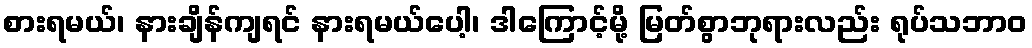
စားရမယ်၊ နားချိန်ကျရင် နားရမယ်ပေါ့၊ ဒါကြောင့်မို့ မြတ်စွာဘုရားလည်း ရုပ်သဘာဝ